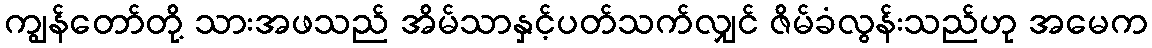
ကျွန်တော်တို့ သားအဖသည် အိမ်သာနှင့်ပတ်သက်လျှင် ဇိမ်ခံလွန်းသည်ဟု အမေက